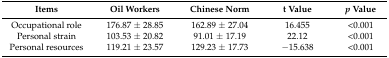
<table><thead><tr><td><b>Items</b></td><td><b>Oil Workers</b></td><td><b>Chinese Norm</b></td><td><b>t Value</b></td><td><b><i>p</i> Value</b></td></tr></thead><tbody><tr><td>Occupational role</td><td>176.87 ± 28.85</td><td>162.89 ± 27.04</td><td>16.455</td><td>&lt;0.001</td></tr><tr><td>Personal strain</td><td>103.53 ± 20.82</td><td>91.01 ± 17.19</td><td>22.12</td><td>&lt;0.001</td></tr><tr><td>Personal resources</td><td>119.21 ± 23.57</td><td>129.23 ± 17.73</td><td>−15.638</td><td>&lt;0.001</td></tr></tbody></table>